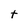
Character: t